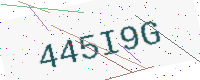
Text: 445I9G